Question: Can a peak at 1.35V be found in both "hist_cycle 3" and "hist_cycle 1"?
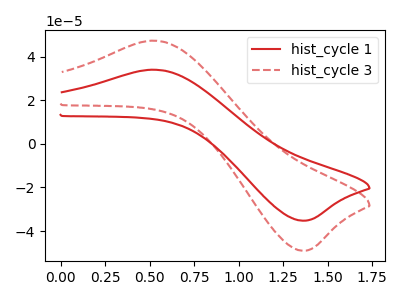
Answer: <think>The red curve "hist_cycle 1" has an anodic peak at (0.50V, 34.00uA) and a cathodic peak at (1.35V, -35.25uA). The red dashed curve "hist_cycle 3" has an anodic peak at (0.50V, 47.30uA) and a cathodic peak at (1.35V, -49.00uA).</think>
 <answer>Yes, "hist_cycle 3" and "hist_cycle 1" share a peak at 1.35V.</answer>
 <eval>match</eval>